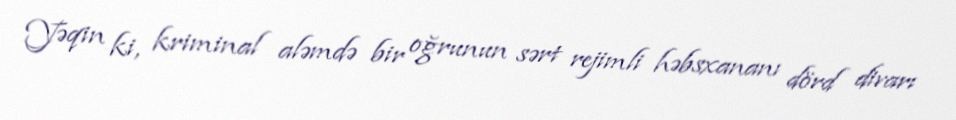
Yəqin ki, kriminal aləmdə bir oğrunun sərt rejimli həbsxananı dörd divarı